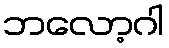
ဘလော့ဂါ